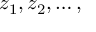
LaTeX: z _ { 1 } , z _ { 2 } , \ldots ,